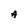
Character: A